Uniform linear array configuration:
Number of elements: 48
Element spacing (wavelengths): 1
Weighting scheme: binomial
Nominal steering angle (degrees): -30
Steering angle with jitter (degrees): -30.614
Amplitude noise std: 0.05
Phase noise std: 0.05

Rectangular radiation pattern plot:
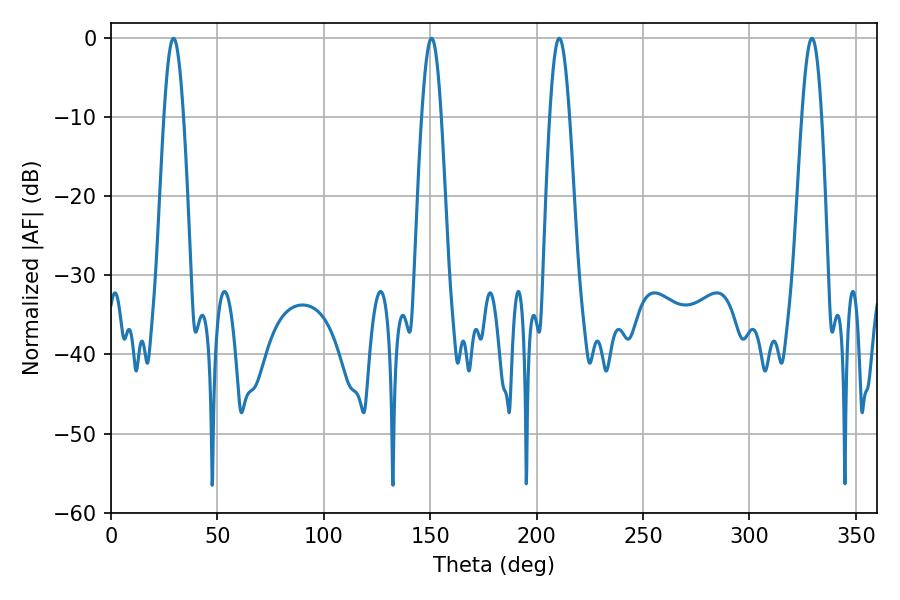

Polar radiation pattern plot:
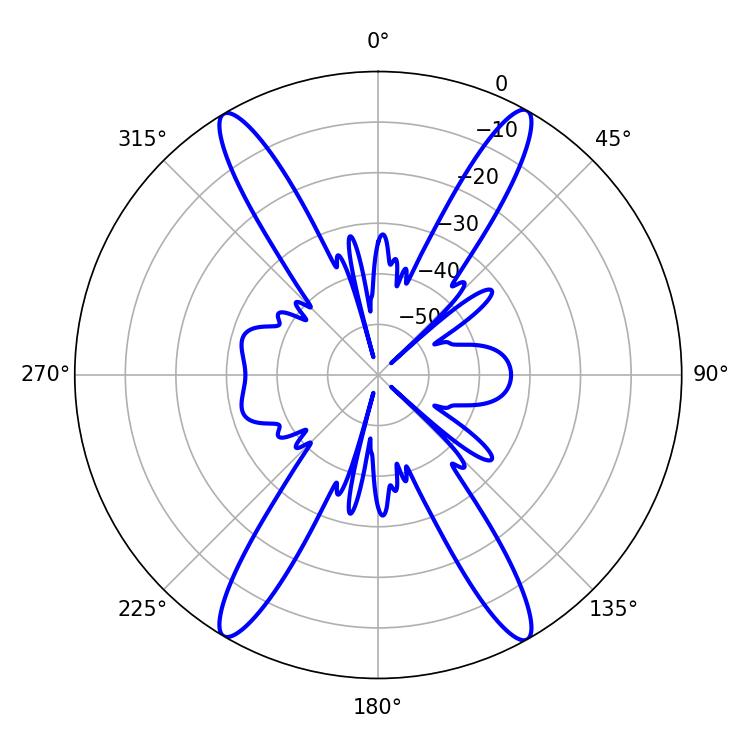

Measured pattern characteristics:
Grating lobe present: TRUE
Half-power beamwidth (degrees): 4.86
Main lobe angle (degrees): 210.6